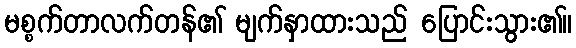
မစ္စက်တာလက်တန်၏ မျက်နှာထားသည် ပြောင်းသွား၏။